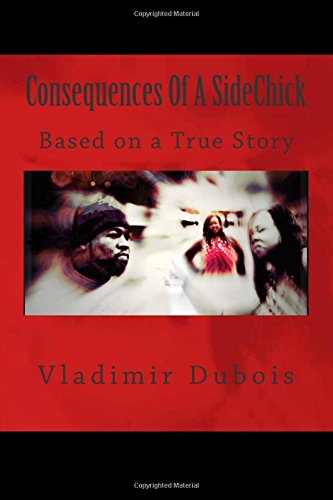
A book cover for Consequences Of A SideChick: SideChicks; Vladimir Dubois; Literature & Fiction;